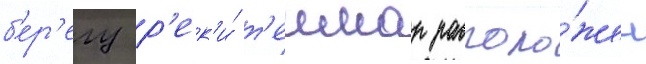
б'ер'егу р'ек'и́ т'еимар располо́жен